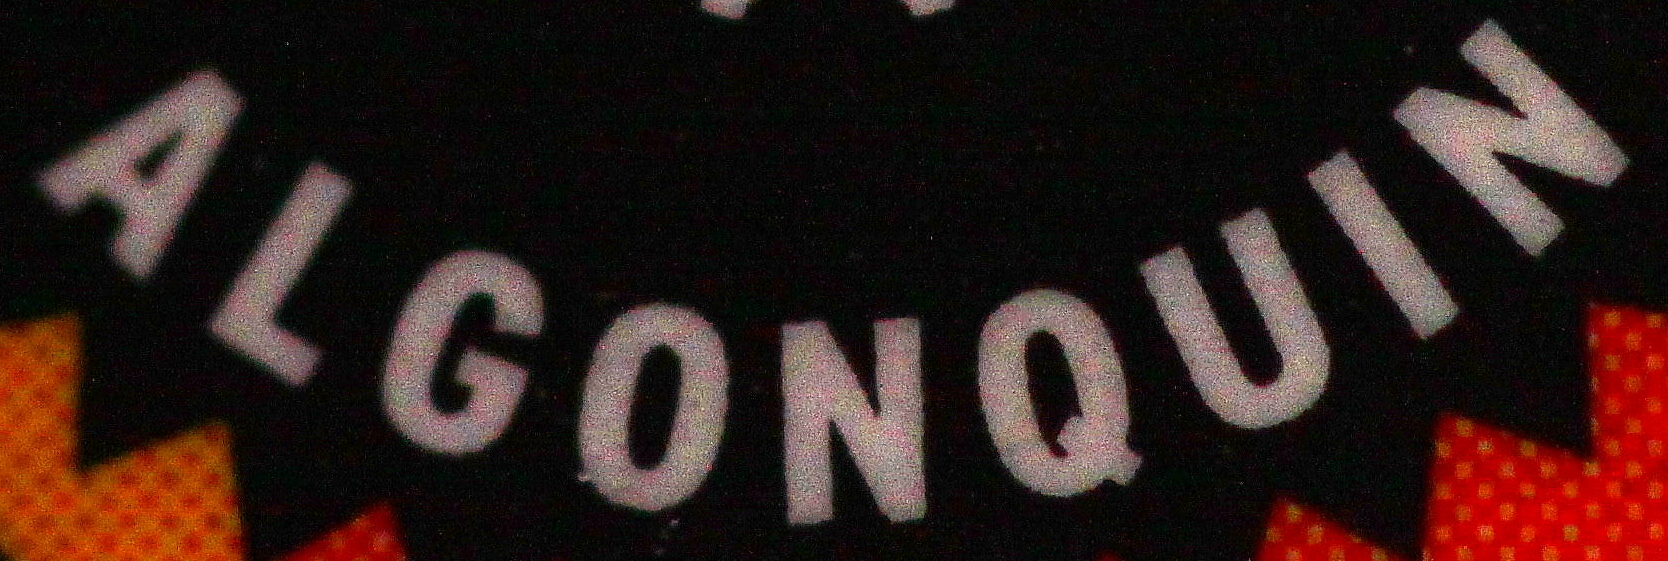
ALGONQUIN